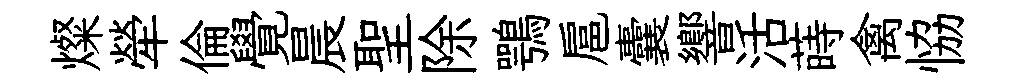
燦犖倫覺晨聖除鶚扈囊響活蒔禽恊